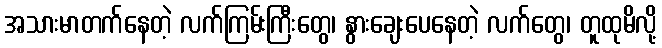
အသားမာတက်နေတဲ့ လက်ကြမ်းကြီးတွေ၊ နွားချေးပေနေတဲ့ လက်တွေ၊ တူထုမိလို့